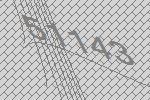
51143